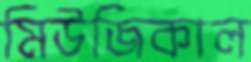
মিউজিকাল